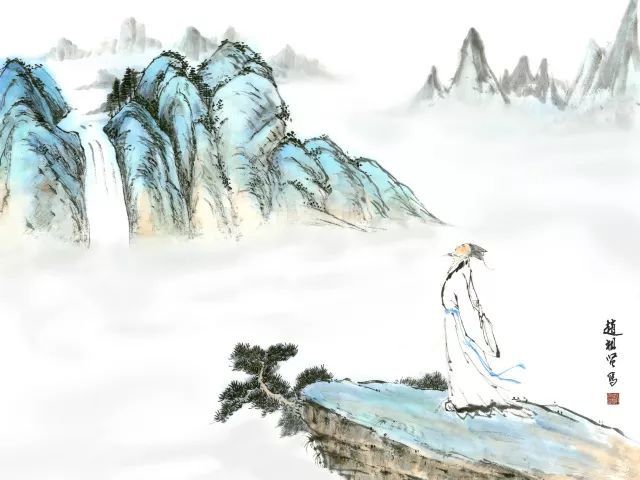
众鸟高飞尽，孤云独去闲。